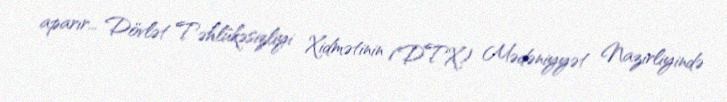
aparır... Dövlət Təhlükəsizliyi Xidmətinin (DTX) Mədəniyyət Nazirliyində